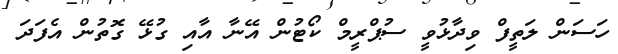
ހަސަން ލަތީފް ވިދާޅުވީ ސުޕްރީމް ކޯޓުން އޭނާ އާއި ގުޅޭ ގޮތުން އެފަދަ